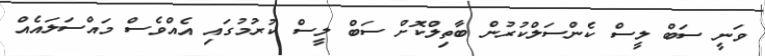
ވަނީ ސަބް ލީސް ކެންސަލްކުރުން ބާތިލްކޮށް ސަބް ލީސް ކުރުމުގައި އެއްވެސް މައްސަލައެއް